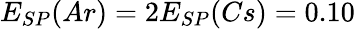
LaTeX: E_{SP}(Ar)=2E_{SP}(Cs)=0.10